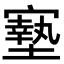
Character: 𡫓